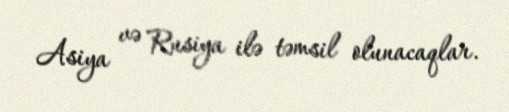
Asiya və Rusiya ilə təmsil olunacaqlar.